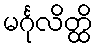
မင်္ဂုလိတ္ထိ